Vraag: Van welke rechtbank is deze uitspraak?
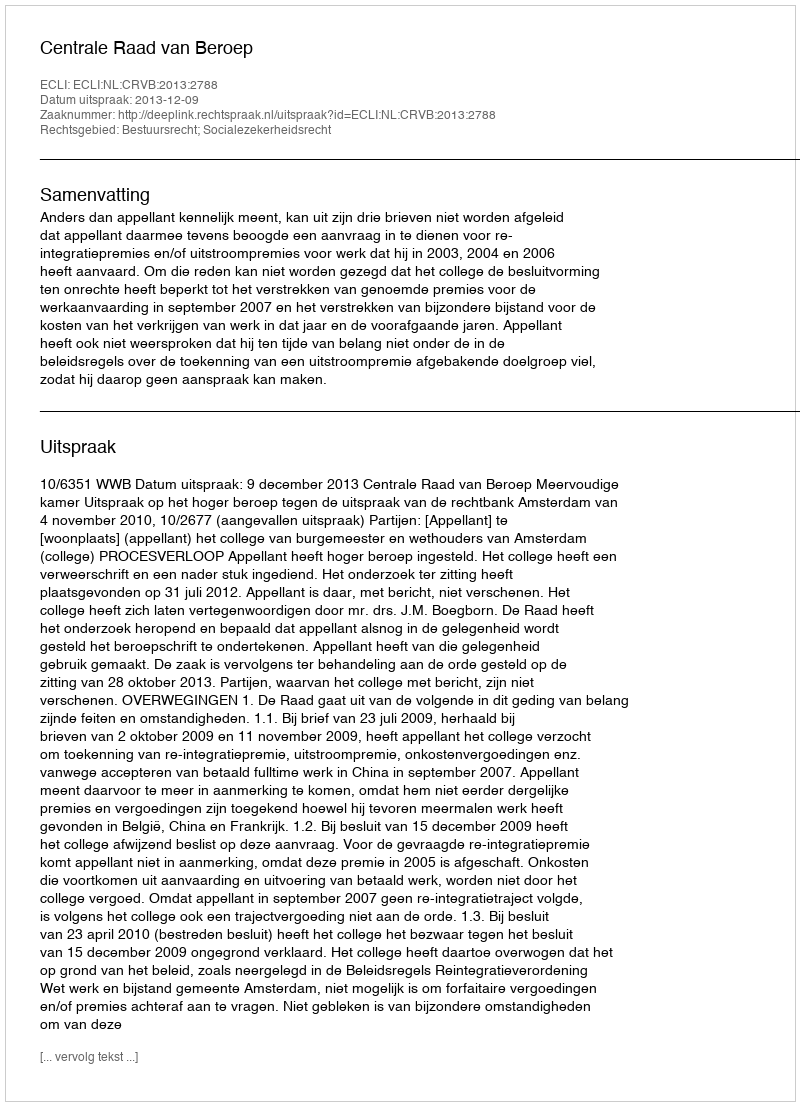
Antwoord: Centrale Raad van Beroep